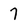
Character: 7